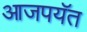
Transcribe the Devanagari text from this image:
आजपयॅत